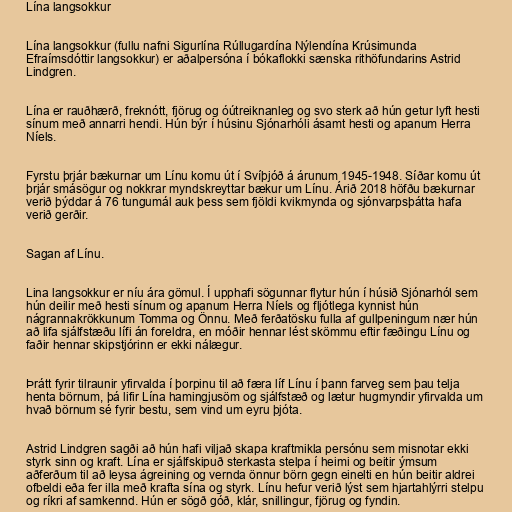
Lína langsokkur

Lína langsokkur (fullu nafni Sigurlína Rúllugardína Nýlendína Krúsimunda
Efraímsdóttir langsokkur) er aðalpersóna í bókaflokki sænska rithöfundarins Astrid
Lindgren.

Lína er rauðhærð, freknótt, fjörug og óútreiknanleg og svo sterk að hún getur lyft hesti
sínum með annarri hendi. Hún býr í húsinu Sjónarhóli ásamt hesti og apanum Herra
Níels.

Fyrstu þrjár bækurnar um Línu komu út í Svíþjóð á árunum 1945-1948. Síðar komu út
þrjár smásögur og nokkrar myndskreyttar bækur um Línu. Árið 2018 höfðu bækurnar
verið þýddar á 76 tungumál auk þess sem fjöldi kvikmynda og sjónvarpsþátta hafa
verið gerðir.

Sagan af Línu.

Lina langsokkur er níu ára gömul. Í upphafi sögunnar flytur hún í húsið Sjónarhól sem
hún deilir með hesti sínum og apanum Herra Níels og fljótlega kynnist hún
nágrannakrökkunum Tomma og Önnu. Með ferðatösku fulla af gullpeningum nær hún
að lifa sjálfstæðu lífi án foreldra, en móðir hennar lést skömmu eftir fæðingu Línu og
faðir hennar skipstjórinn er ekki nálægur.

Þrátt fyrir tilraunir yfirvalda í þorpinu til að færa líf Línu í þann farveg sem þau telja
henta börnum, þá lifir Lína hamingjusöm og sjálfstæð og lætur hugmyndir yfirvalda um
hvað börnum sé fyrir bestu, sem vind um eyru þjóta.

Astrid Lindgren sagði að hún hafi viljað skapa kraftmikla persónu sem misnotar ekki
styrk sinn og kraft. Lína er sjálfskipuð sterkasta stelpa í heimi og beitir ýmsum
aðferðum til að leysa ágreining og vernda önnur börn gegn einelti en hún beitir aldrei
ofbeldi eða fer illa með krafta sína og styrk. Línu hefur verið lýst sem hjartahlýrri stelpu
og ríkri af samkennd. Hún er sögð góð, klár, snillingur, fjörug og fyndin.